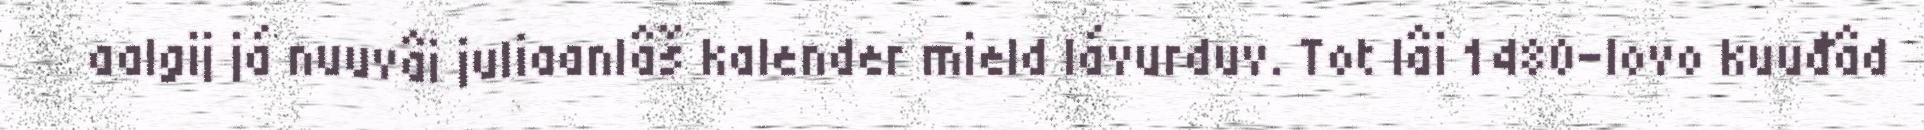
aalgij já nuuvâi juliaanlâš kalender mield lávurduv. Tot lâi 1480-lovo kuuđâd